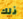
ذلك